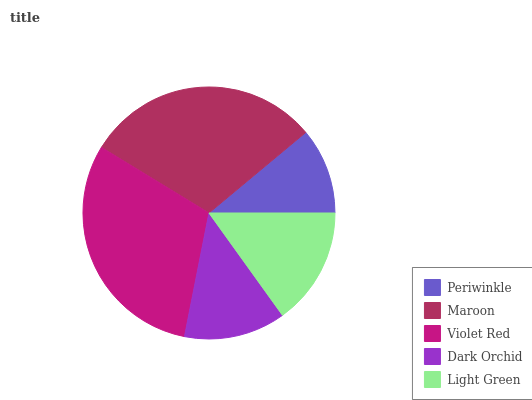
| Periwinkle | Maroon | Violet Red | Dark Orchid | Light Green |
 | --- | --- | --- | --- | --- |
 | 11.1% | 30.3% | 30.6% | 13% | 15.1% |